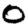
Digit: 0